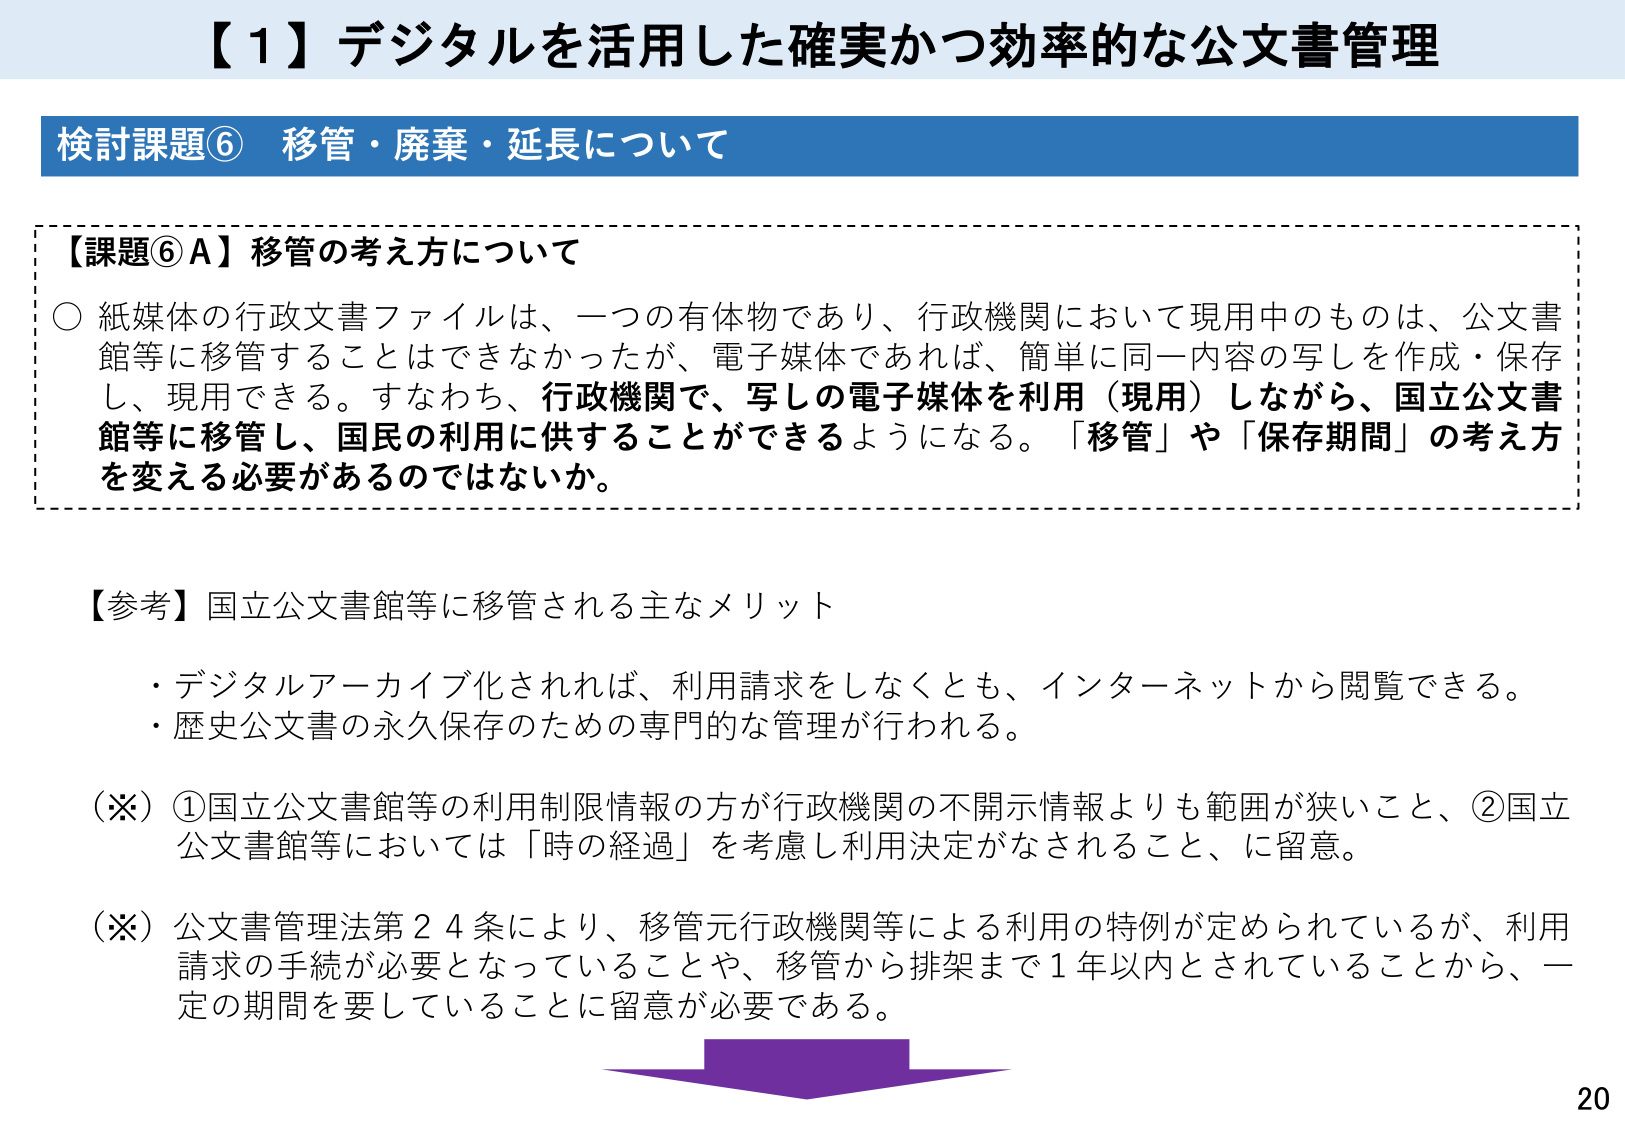
【１】デジタルを活用した確実かつ効率的な公文書管理

検討課題⑥ 移管・廃棄・延長について

【課題⑥Ａ】移管の考え方について
○ 紙媒体の行政文書ファイルは、一つの有体物であり、行政機関において現用中のものは、公文書館等に移管することはできなかったが、電子媒体であれば、簡単に同一内容の写しを作成・保存し、現用できる。すなわち、行政機関で、写しの電子媒体を利用（現用）しながら、国立公文書館等に移管し、国民の利用に供することができるようになる。「移管」や「保存期間」の考え方を変える必要があるのではないか。

【参考】国立公文書館等に移管される主なメリット
・デジタルアーカイブ化されれば、利用請求をしなくとも、インターネットから閲覧できる。
・歴史公文書の永久保存のための専門的な管理が行われる。

（※）①国立公文書館等の利用制限情報の方が行政機関の不開示情報よりも範囲が狭いこと、②国立公文書館等においては「時の経過」を考慮し利用決定がなされること、に留意。

（※）公文書管理法第24条により、移管元行政機関等による利用の特例が定められているが、利用請求の手続が必要となっていることや、移管から排架まで1年以内とされていることから、一定の期間を要していることに留意が必要である。

20